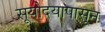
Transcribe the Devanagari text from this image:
सूयोदयापासून